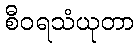
စီဝရသံယုတာ